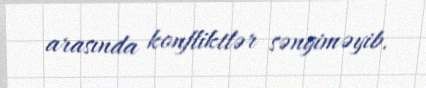
arasında konfliktlər səngiməyib.